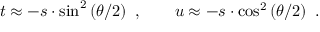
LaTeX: t \approx - s \cdot \sin ^ { 2 } \left( \theta / 2 \right) ~ , ~ ~ ~ ~ ~ ~ u \approx - s \cdot \cos ^ { 2 } \left( \theta / 2 \right) ~ .